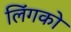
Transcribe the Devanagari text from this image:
लिंगको